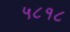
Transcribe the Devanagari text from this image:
५८१८